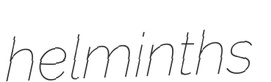
helminths